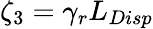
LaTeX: \zeta_{3}=\gamma_{r}L_{Disp}